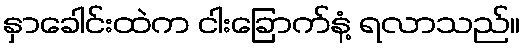
နှာခေါင်းထဲက ငါးခြောက်နံ့ ရလာသည်။